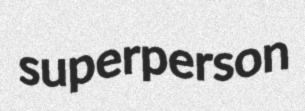
superperson